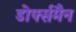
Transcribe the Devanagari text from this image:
डोर्फ्समैन